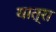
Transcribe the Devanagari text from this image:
यात्रा